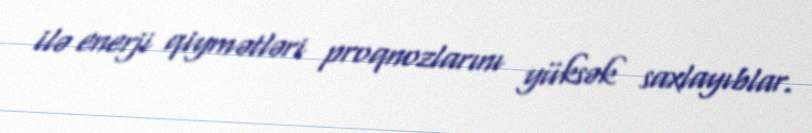
ilə enerji qiymətləri proqnozlarını yüksək saxlayıblar.